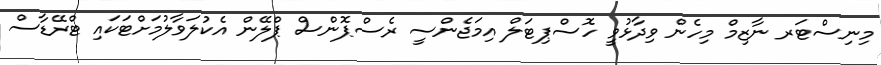
މިނިސްޓަރ ނާޒިމް މިހެން ވިދާޅުވީ ހޮސްޕިޓަލް އިމަޖެންސީ ރެސްޕޮންސް ޕްލޭން އެކުލަވާލުމަށްޓަކައި ޓްރޭޑާސް